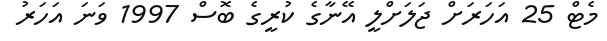
މެޓް 25 އަހަރަށް ޖަލަށްލީ އޭނާގެ ކުރީގެ ބޮސް 1997 ވަނަ އަހަރު